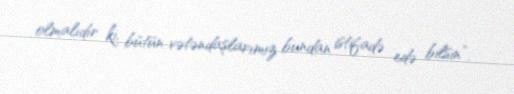
olmalıdır ki, bütün vətəndaşlarımız bundan istifadə edə bilsin”.